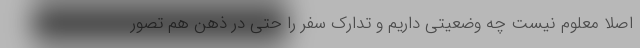
اصلا معلوم نیست چه وضعیتی داریم و تدارک سفر را حتی در ذهن هم تصور